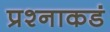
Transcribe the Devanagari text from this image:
प्रश्नाकडं